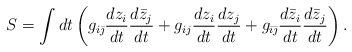
\begin{align*}S=\int dt \left(g_{i\bar{\jmath}} {d z_{i}\over dt} {d \bar{z}_{j}\over dt}+g_{ij} {d z_{i}\over dt} {d z_{j}\over dt}+g_{\bar{\imath}\bar{\jmath}} {d \bar{z}_{i}\over dt} {d \bar{z}_{j}\over dt} \right).\end{align*}